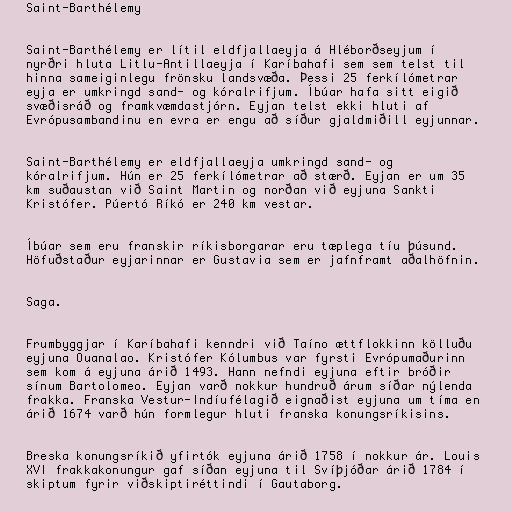
Saint-Barthélemy

Saint-Barthélemy er lítil eldfjallaeyja á Hléborðseyjum í
nyrðri hluta Litlu-Antillaeyja í Karíbahafi sem sem telst til
hinna sameiginlegu frönsku landsvæða. Þessi 25 ferkílómetrar
eyja er umkringd sand- og kóralrifjum. Íbúar hafa sitt eigið
svæðisráð og framkvæmdastjórn. Eyjan telst ekki hluti af
Evrópusambandinu en evra er engu að síður gjaldmiðill eyjunnar.

Saint-Barthélemy er eldfjallaeyja umkringd sand- og
kóralrifjum. Hún er 25 ferkílómetrar að stærð. Eyjan er um 35
km suðaustan við Saint Martin og norðan við eyjuna Sankti
Kristófer. Púertó Ríkó er 240 km vestar.

Íbúar sem eru franskir ríkisborgarar eru tæplega tíu þúsund.
Höfuðstaður eyjarinnar er Gustavia sem er jafnframt aðalhöfnin.

Saga.

Frumbyggjar í Karíbahafi kenndri við Taíno ættflokkinn kölluðu
eyjuna Ouanalao. Kristófer Kólumbus var fyrsti Evrópumaðurinn
sem kom á eyjuna árið 1493. Hann nefndi eyjuna eftir bróðir
sínum Bartolomeo. Eyjan varð nokkur hundruð árum síðar nýlenda
frakka. Franska Vestur-Indíufélagið eignaðist eyjuna um tíma en
árið 1674 varð hún formlegur hluti franska konungsríkisins.

Breska konungsríkið yfirtók eyjuna árið 1758 í nokkur ár. Louis
XVI frakkakonungur gaf síðan eyjuna til Svíþjóðar árið 1784 í
skiptum fyrir viðskiptiréttindi í Gautaborg.